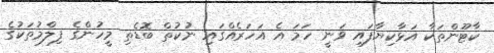
ކާޓޫންތަކާ އަޅާކިޔާފައި ވަނީ ހަމަ އެ އަހަރެއްގައި ނުކުތް ބޮޑެތި މީހުންގެ ފިލްމުތަކުގެ